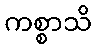
ကစ္စာသိ